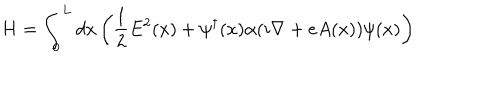
LaTeX: H = \int _ { 0 } ^ { L } d x \left( { \frac { 1 } { 2 } } E ^ { 2 } ( x ) + \psi ^ { \dagger } ( x ) \alpha ( i \nabla + e A ( x ) ) \psi ( x ) \right)